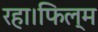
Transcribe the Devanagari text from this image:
रहा।फिल्म